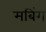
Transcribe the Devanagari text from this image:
मबिंग